Annual report on the lock hospitals of the Madras Presidency
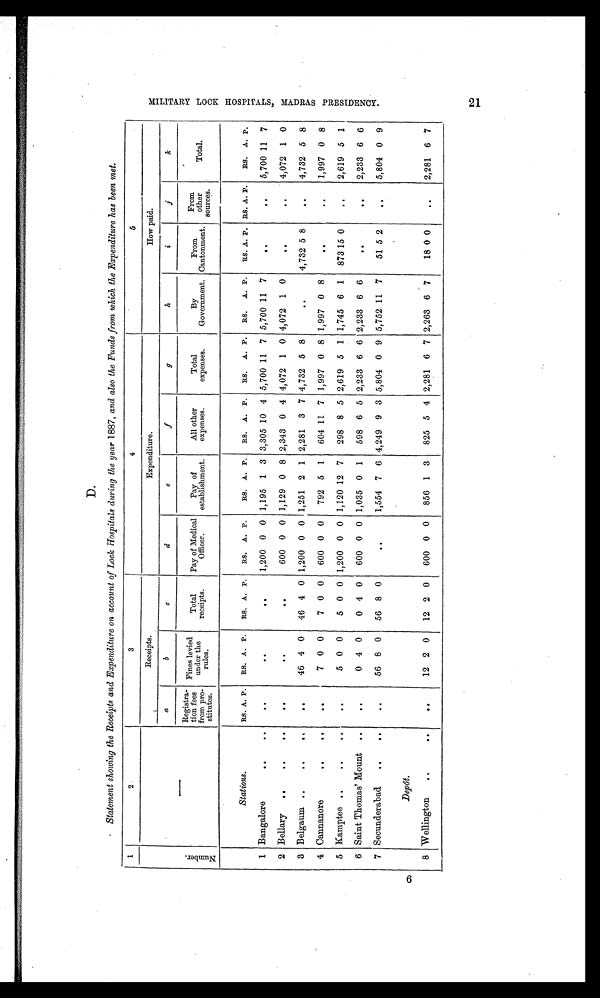
1
N u m b e r .
2
3
4
5
—
Receipts.
Expenditure.
How paid.
a
b
c
d
e
f
g
h
i
j
k
Registra-
tion fees
from pro-
stitutes.
Fines levied
unrder the rules.
Total
receipts.
Pay of Medical
Officer.
Pay of
establishment.
All other
expenses.
Total
expenses.
By
Government.
From
Cantonment.
From
other
sources.
Total.
Stations.
RS. A. P.
RS. A. P.
RS. A. P.
RS. A. P.
RS. A. P.
RS. A. P.
RS.
A. P.
RS.
A. P.
RS. A. P. RS. A. P.
RS. A. P.
1 Bangalore
.. ..
. .
. .
..
1,200 0 0 1,195 1 3 3,305 10 4 5,700 11 7 5,700 11 7
..
..
5,700 11 7
2 Bellary
..
..
..
..
. .
. .
600 0 0 1,129 0 8 2,343 0 4 4,072 1 0 4,072 1 0
. .
..
4,072 1 0
3 Belgaum ..
. .
..
. .
46 4 0
46 4 0 1,200 0 0 1,251 2 1 2,281 3 7 4,732 5 8
. .
4,732 5 8
..
4,732 5 8
4 Cannanore
..
..
. .
7 0 0
7 0 0
600 0 0
792 5 1
604 11 7 1,997 0 8 1,997 0 8
..
..
1,997 0 8
5 Kamptee ..
..
. .
5 0 0
5 0 0 1,200 0 0 1,120 12 7
298 8 5 2,619 5 1 1,745 6 1
873 15 0
. .
2,619 5 1
6 Saint Thomas' Mount
..
..
0 4 0
0 4 0
600 0 0 1,035 0 1
598 6 5 2,233 6 6 2,233 6 6
. .
. .
2,233 6 6
7 Secunderabad
..
..
..
56 8 0
56 8 0
. .
1,554 7 6 4,249 9 3 5,804 0 9 5,752 11 7
51 5 2
..
5,804 0 9
Depôt.
8 Wellington
..
..
..
12 2 0
12 2 0
600 0 0
856 1 3
825 5 4 2,281 6 7 2,263 6 7
18 0 0
..
2,281 6 7
6 MI L I T AR Y L OCK HOS P I T AL S MADR AS P R E S I DE NCY.
2 1
D.
Statement showing the Receipts and Expenditure on account of Lock Hospitals during the year 1887, and also the Funds from which the Expenditure has been met.